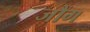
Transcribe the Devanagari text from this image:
जौंग